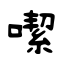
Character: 噄